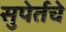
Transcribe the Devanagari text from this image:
सुपेर्तचे